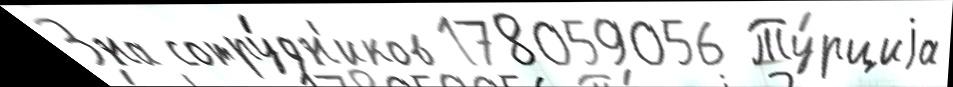
3на сотру́дн'иков 178059056 Ту́рциjа